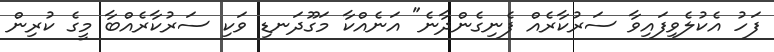
ފަހު އެކުލެވިފައިވާ ސަރުކާރެއް ފެނިގެންދާނެ" އަނެއްކާ މަގޫދަނޑި ވަކި ސަރުކާރެއްބާ މީގެ ކުރިން